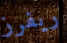
ريفرز